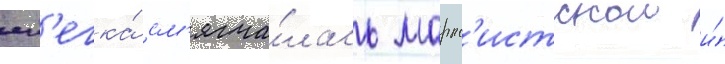
сл'егка́ см'ягча́лась маркс'истскои и́